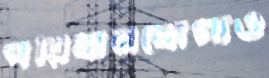
পরিধানযোগ্যও